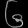
Digit: ၆